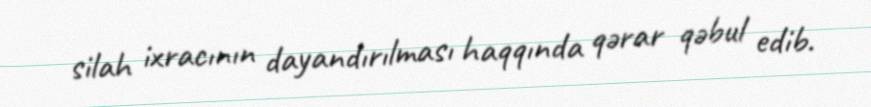
silah ixracının dayandırılması haqqında qərar qəbul edib.